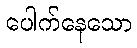
ပေါက်နေသော